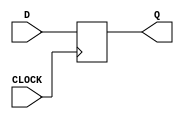
`timescale 1ns / 1ps
//////////////////////////////////////////////////////////////////////////////////
// Company: 
// Engineer: 
// 
// Design Name: 
// Module Name: dff
// Project Name: 
// Target Devices: 
// Tool Versions: 
// Description: 
// 
// Dependencies: 
// 
// Revision:
// Revision 0.01 - File Created
// Additional Comments:
// 
//////////////////////////////////////////////////////////////////////////////////


module dff(input CLOCK, D, output reg Q);

    always @ (posedge CLOCK) begin
        Q <= D;
     end
     
endmodule